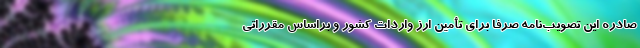
صادره این تصویب‌نامه صرفاً برای تأمین ارز واردات کشور و براساس مقرراتی